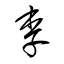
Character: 李